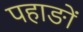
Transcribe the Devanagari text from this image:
पहाङों